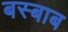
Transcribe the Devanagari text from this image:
बस्बाब